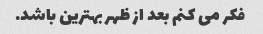
فکر می کنم بعد از ظهر بهترین باشد.